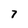
Character: 7